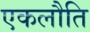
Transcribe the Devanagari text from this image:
एकलौति